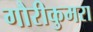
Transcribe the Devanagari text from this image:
गौरीकुमरा